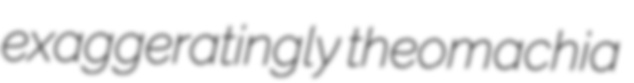
exaggeratingly theomachia